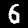
Label: 6